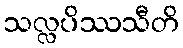
သလ္လပိဿသီတိ